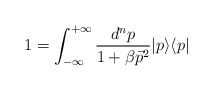
\begin{align*}1 = {\int_{-\infty}^{+\infty}\frac{d^np}{1+ \beta \vec{p}^2}} \vert p \rangle\langle p \vert\end{align*}